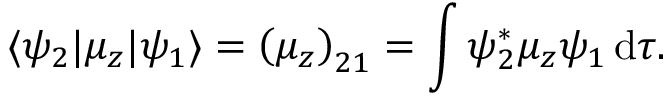
\langle \psi _ { 2 } | \mu _ { z } | \psi _ { 1 } \rangle = \left( \mu _ { z } \right) _ { 2 1 } = \int \psi _ { 2 } ^ { * } \mu _ { z } \psi _ { 1 } \, \mathrm { d } \tau .